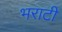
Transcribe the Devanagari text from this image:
भराटी